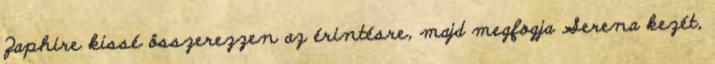
Zaphire kissé összerezzen az érintésre, majd megfogja Serena kezét,